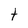
Character: t